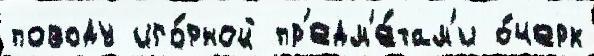
поводу иго́рной пр'едм'е́там'и о́черк